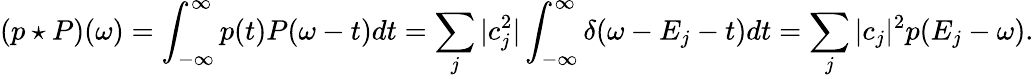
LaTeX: ({p}\star P)(\omega)=\int_{-\infty}^{\infty}p(t)P(\omega-t)dt=\sum_{j}|c_{j}^{2}|\int_{-\infty}^{\infty}\delta(\omega-E_{j}-t)dt=\sum_{j}|c_{j}|^{2}p(E_{j}-\omega).